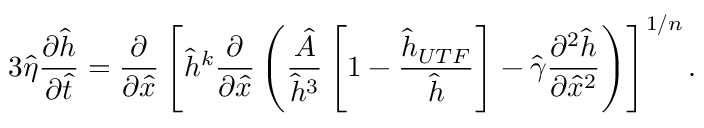
3 \hat { \eta } \frac { \partial \hat { h } } { \partial \hat { t } } = \frac { \partial } { \partial \hat { x } } \left[ \hat { h } ^ { k } \frac { \partial } { \partial \hat { x } } \left( \frac { \hat { A } } { \hat { h } ^ { 3 } } \left[ 1 - \frac { \hat { h } _ { U T F } } { \hat { h } } \right] - \hat { \gamma } \frac { \partial ^ { 2 } \hat { h } } { \partial \hat { x } ^ { 2 } } \right) \right] ^ { 1 / n } .